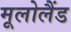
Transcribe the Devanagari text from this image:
मूलोलैंड